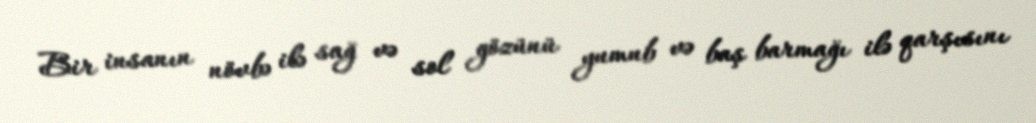
Bir insanın növbə ilə sağ və sol gözünü yumub və baş barmağı ilə qarşısını